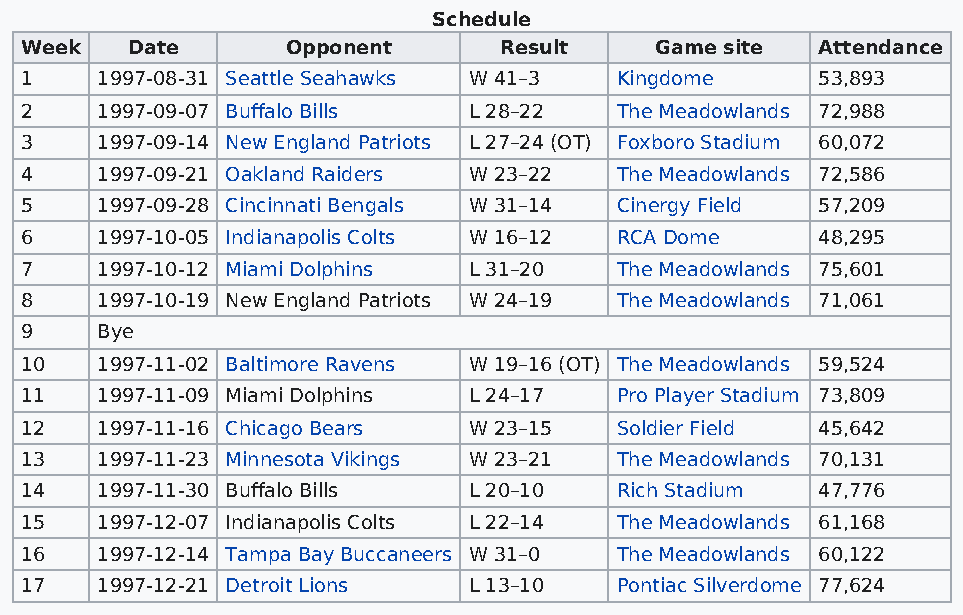
Schedule
 Week   Date       Opponent      Result    Game site  Attendance
 1    1997-08-31 Seattle Seahawks W 41–3 Kingdome     53,893
 2    1997-09-07 Buffalo Bills L 28–22   The Meadowlands 72,988
 3    1997-09-14 New England Patriots L 27–24 (OT) Foxboro Stadium 60,072
 4    1997-09-21 Oakland Raiders W 23–22 The Meadowlands 72,586
 5    1997-09-28 Cincinnati Bengals W 31–14 Cinergy Field 57,209
 6    1997-10-05 Indianapolis Colts W 16–12 RCA Dome  48,295
 7    1997-10-12 Miami Dolphins L 31–20  The Meadowlands 75,601
 8    1997-10-19 New England Patriots W 24–19 The Meadowlands 71,061
 9    Bye
 10   1997-11-02 Baltimore Ravens W 19–16 (OT) The Meadowlands 59,524
 11   1997-11-09 Miami Dolphins L 24–17  Pro Player Stadium 73,809
 12   1997-11-16 Chicago Bears W 23–15   Soldier Field 45,642
 13   1997-11-23 Minnesota Vikings W 23–21 The Meadowlands 70,131
 14   1997-11-30 Buffalo Bills L 20–10   Rich Stadium 47,776
 15   1997-12-07 Indianapolis Colts L 22–14 The Meadowlands 61,168
 16   1997-12-14 Tampa Bay Buccaneers W 31–0 The Meadowlands 60,122
 17   1997-12-21 Detroit Lions L 13–10   Pontiac Silverdome 77,624